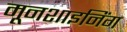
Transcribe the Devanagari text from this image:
मूनशाइनिंग